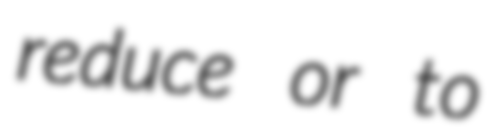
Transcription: reduce or to